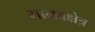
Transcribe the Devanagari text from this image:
मानवक्षेत्र